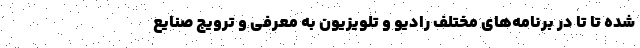
شده تا تا در برنامه‌های مختلف رادیو و تلویزیون به معرفی و ترویج صنایع